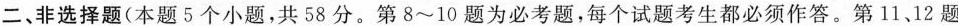
二、非选择题(本题5个小题，共58分。第8~10题为必考题，每个试题考生都必须作答。第11、12题